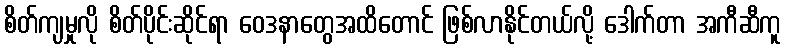
စိတ်ကျမှုလို စိတ်ပိုင်းဆိုင်ရာ ဝေဒနာတွေအထိတောင် ဖြစ်လာနိုင်တယ်လို့ ဒေါက်တာ အကီဆီကူ